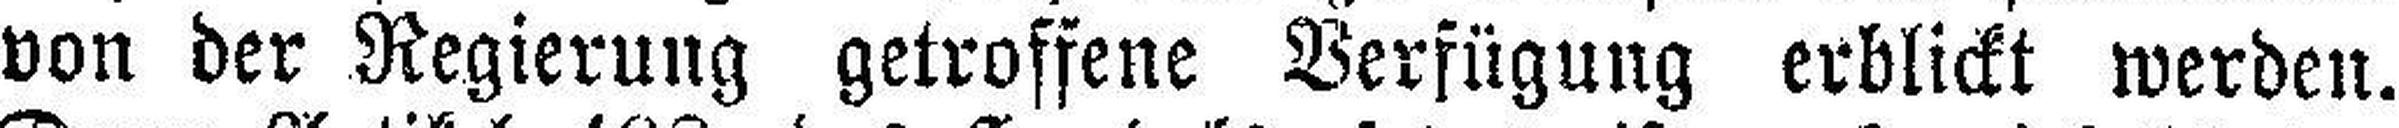
von der Regierung getroffene Verfügung erblickt werden.